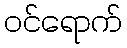
ဝင်ရောက်